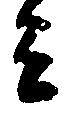
ミ